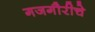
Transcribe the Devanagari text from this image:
गजगौरीचे